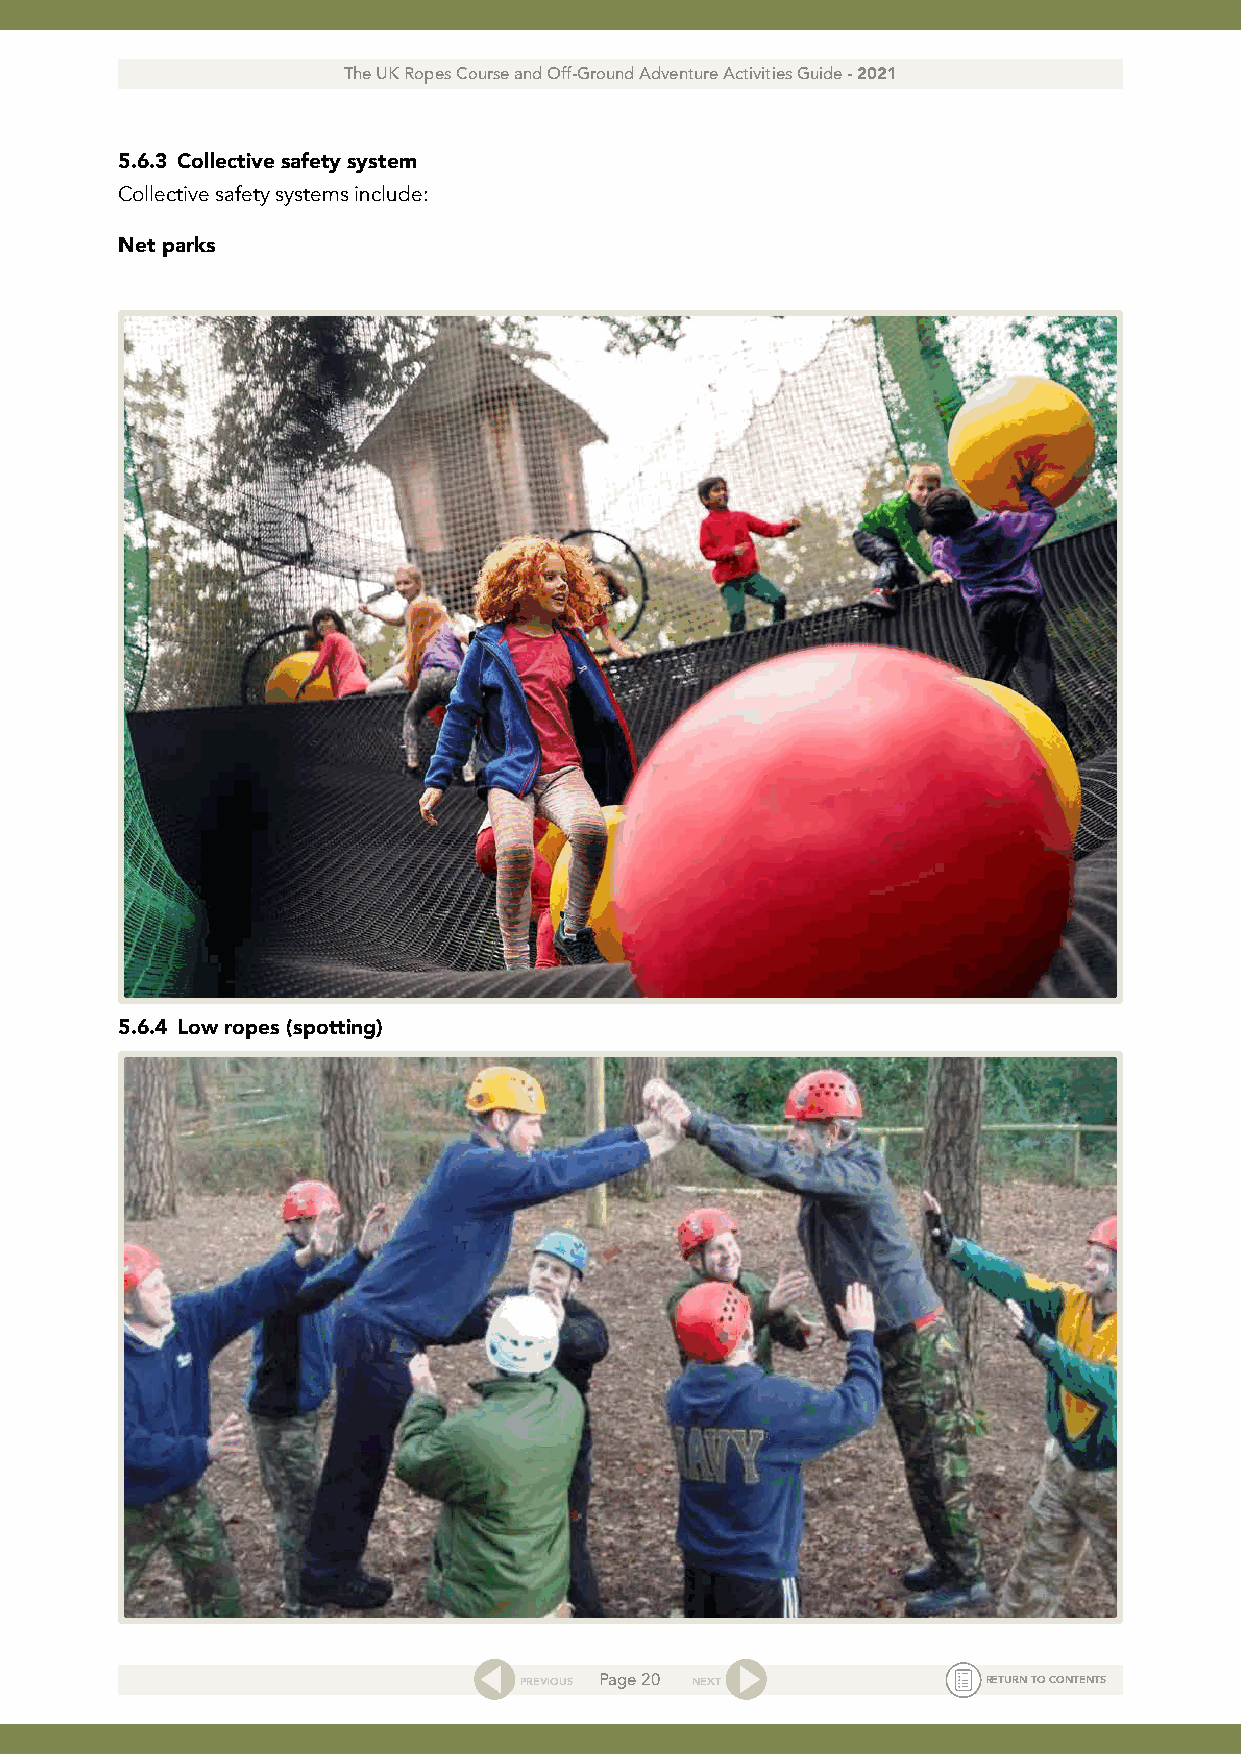
The UK Ropes Course and Off-Ground Adventure Activities Guide - 2021
 5.6.3 Collective safety system
 Collective safety systems include:
 Net parks
 5.6.4 Low ropes (spotting)
 PREVIOUS Page 20 NEXT          RETURN TO CONTENTS